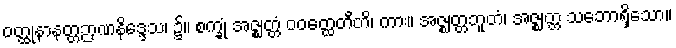
ဝတ္ထုနာနတ္တဉာဏနိဒ္ဒေသ၊ ၌။ စက္ခုံ အဇ္ဈတ္တံ ဝဝတ္ထေတီတိ၊ ကား။ အဇ္ဈတ္တဘူတံ၊ အဇ္ဈတ္တ သဘောရှိသော။